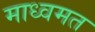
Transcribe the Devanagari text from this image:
माध्वमत